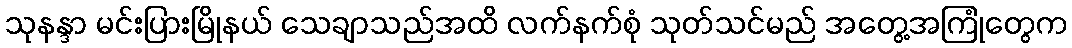
သုနန္ဒာ မင်းပြားမြိုနယ် သေချာသည်အထိ လက်နက်စုံ သုတ်သင်မည် အတွေ့အကြုံတွေက